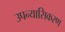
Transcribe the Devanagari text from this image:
उपन्यासिकरण